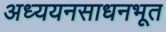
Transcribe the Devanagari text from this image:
अध्ययनसाधनभूत